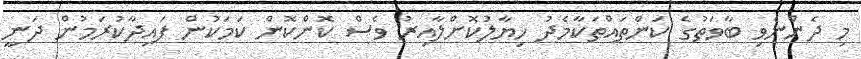
މި ދެންނެވި ބާވަތުގެ ކަންތައްތަކާމެދު ޚިޔާލުކޮށްލާއިރު ވެސް ކޮންކޮން ކަމަކުން ފައިދާކުރަމުން ދަނީ